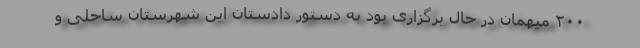
۲۰۰ میهمان در حال برگزاری بود به دستور دادستان این شهرستان ساحلی و